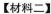
【材料二】